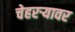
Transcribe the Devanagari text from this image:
चेहरऱ्यावर